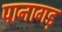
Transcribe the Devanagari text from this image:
पानागड़